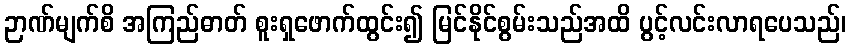
ဉာဏ်မျက်စိ အကြည်ဓာတ် စူးရှဖောက်ထွင်း၍ မြင်နိုင်စွမ်းသည်အထိ ပွင့်လင်းလာရပေသည်၊